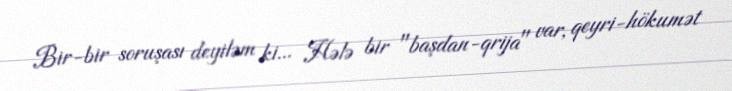
Bir-bir soruşası deyiləm ki... Hələ bir "başdan-qrija" var, qeyri-hökumət